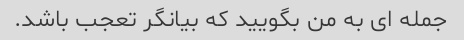
جمله ای به من بگویید که بیانگر تعجب باشد.